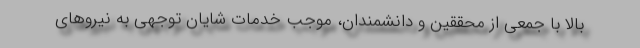
بالا با جمعی از محققین و دانشمندان، موجب خدمات شایان توجهی به نیروهای